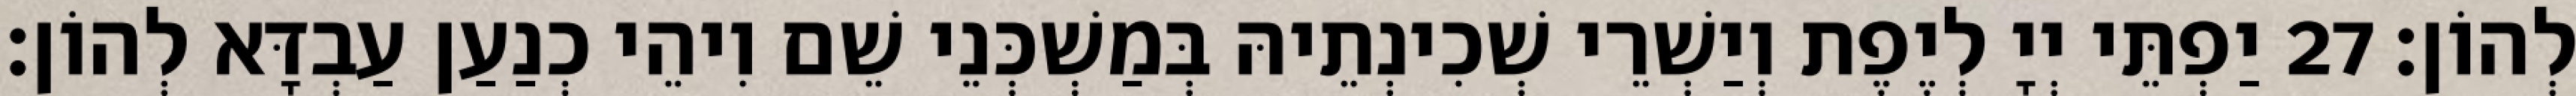
לְהוֹן׃ 27 יַפְתֵּי יְיָ לְיֶפֶת וְיַשְׁרֵי שְׁכִינְתֵיהּ בְּמַשְׁכְּנֵי שֵׁם וִיהֵי כְנַעַן עַבְדָּא לְהוֹן׃